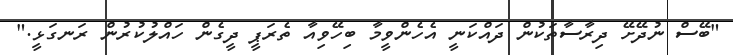
"ބޭސް ނުދޭށޭ ދިރާސާތަކުން ދައްކަނީ އެހެންވީމާ ބިހޭވިއާ ތެރަޕީ ދީގެން ހައްލުކުރުން ރަނގަޅީ."